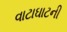
વાટાઘાટની